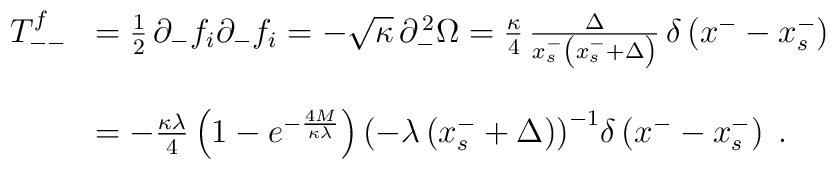
\begin{array}{cl}T_{--}^f&={1\over2}\,\partial_- f_i\partial_- f_i=-\sqrt{\kappa}\,\partial_-^{\,2}\Omega={\kappa\over4}\,\frac{\Delta}{x^-_s\left(x^-_s+\Delta\right)}\,\delta\left(x^--x^-_s\right)\\\\\ &=-{{\kappa\lambda}\over4}\left(1-e^{-\frac{4M}{\kappa\lambda}}\right){\left(-\lambda\left(x^-_s+\Delta\right)\right)}^{-1}\delta\left(x^--x^-_s\right)\;.\end{array}